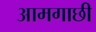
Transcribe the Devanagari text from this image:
आमगाछी